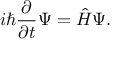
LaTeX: i \hbar { \frac { \partial } { \partial t } } \Psi = { \hat { H } } \Psi .